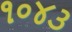
૧૦૪૩